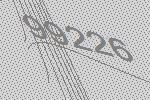
99226